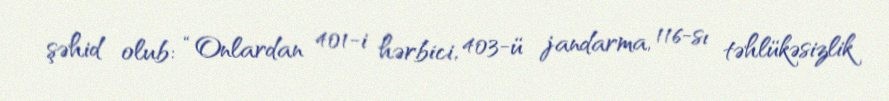
şəhid olub: “Onlardan 401-i hərbici, 403-ü jandarma, 116-sı təhlükəsizlik